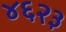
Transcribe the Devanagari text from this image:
४६२३